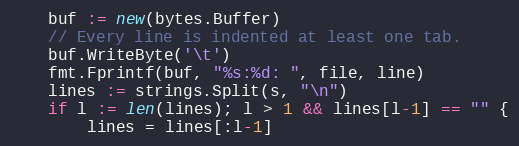
Language: Go
	buf := new(bytes.Buffer)
	// Every line is indented at least one tab.
	buf.WriteByte('\t')
	fmt.Fprintf(buf, "%s:%d: ", file, line)
	lines := strings.Split(s, "\n")
	if l := len(lines); l > 1 && lines[l-1] == "" {
		lines = lines[:l-1]